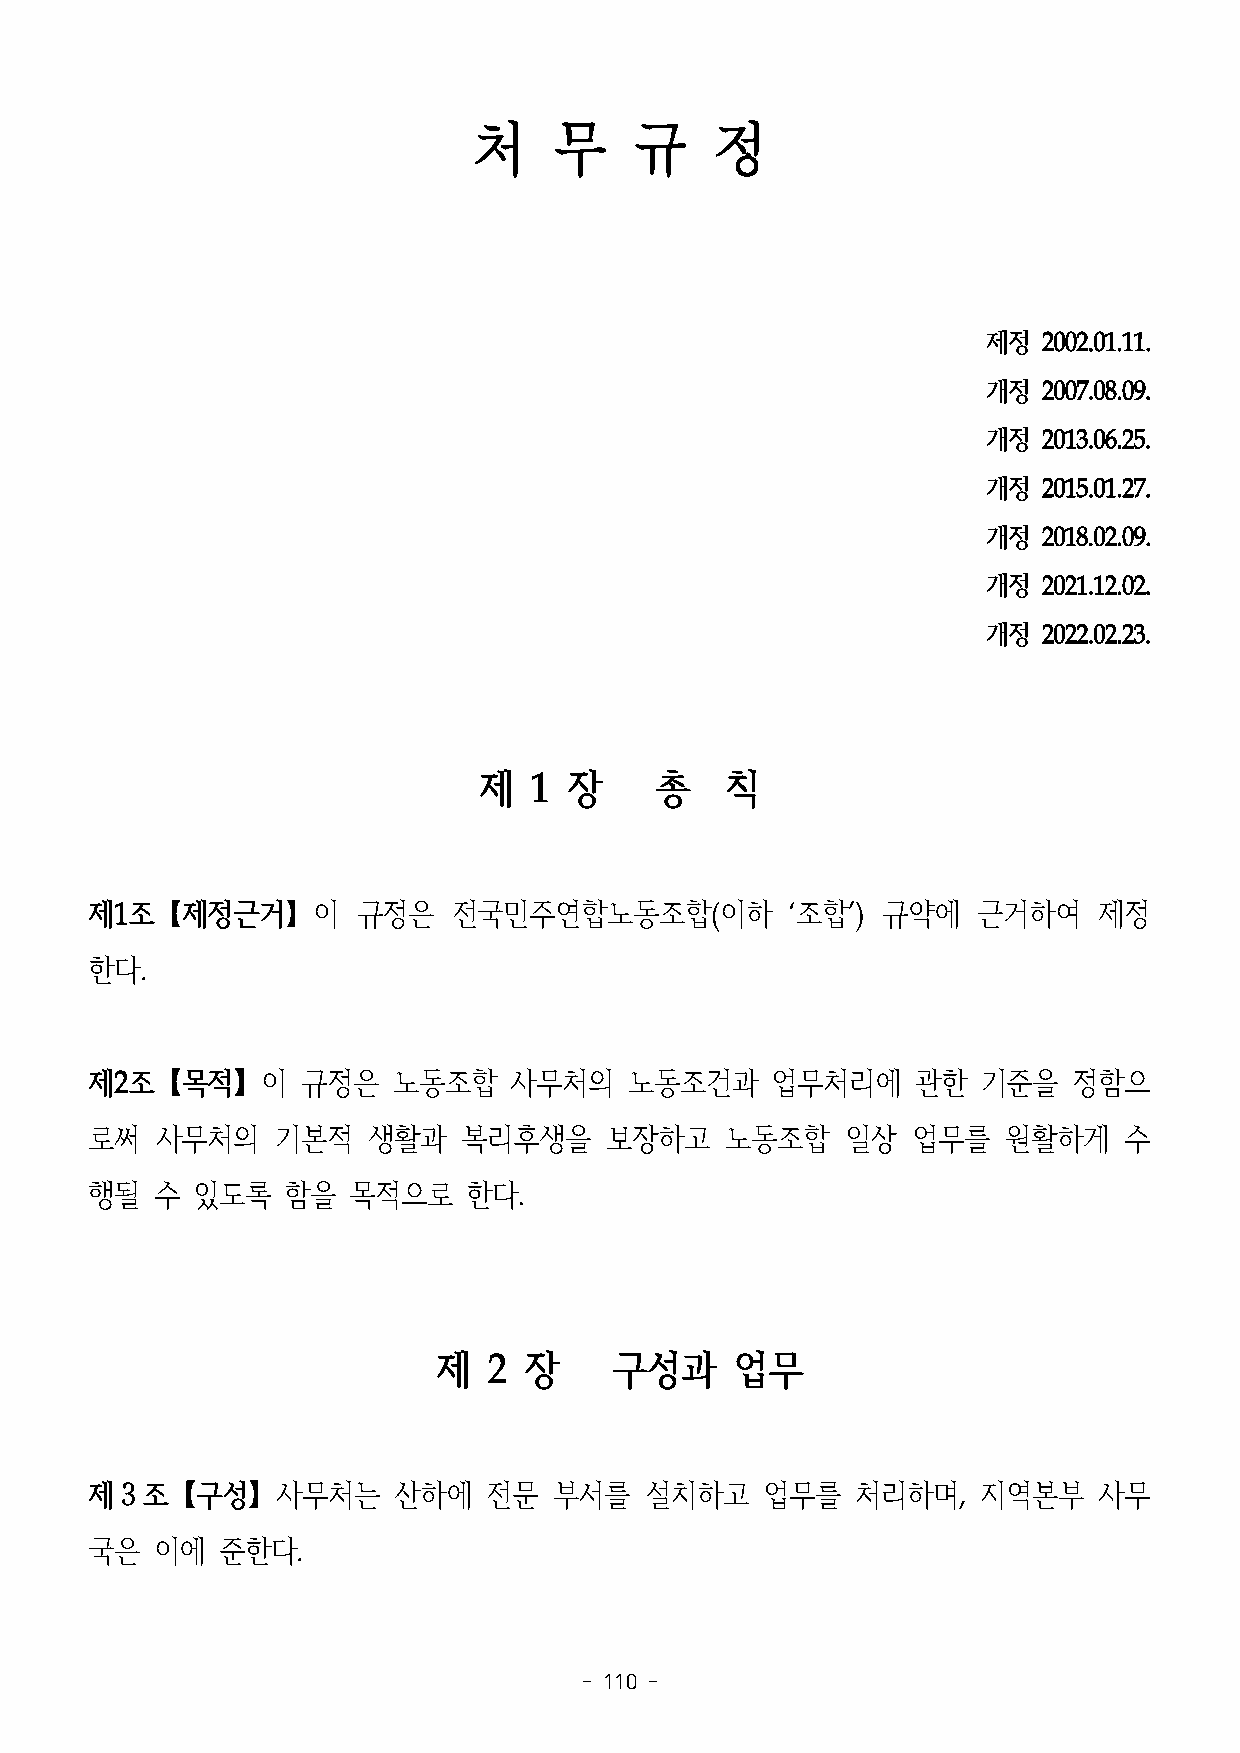
처     무    규    정
 제정  2002.01.11.
 개정  2007.08.09.
 개정  2013.06.25.
 개정  2015.01.27.
 개정  2018.02.09.
 개정  2021.12.02.
 개정  2022.02.23.
 제  1  장    총    칙
 제1조【제정근거】이        규정은   전국민주연합노동조합(이하         ‘조합’) 규약에    근거하여    제정
 한다.
 제2조【목적】이      규정은   노동조합    사무처의    노동조건과    업무처리에     관한  기준을   정함으
 로써  사무처의    기본적   생활과    복리후생을    보장하고    노동조합    일상  업무를    원활하게   수
 행될  수  있도록   함을  목적으로    한다.
 제  2  장    구성과      업무
 제３조【구성】사무처는         산하에   전문   부서를   설치하고    업무를   처리하며,   지역본부    사무
 국은  이에  준한다.
 - 110 -